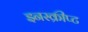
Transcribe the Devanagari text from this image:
इनस्क्रीप्ट